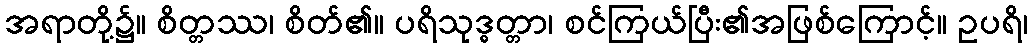
အရာတို့၌။ စိတ္တဿ၊ စိတ်၏။ ပရိသုဒ္ဓတ္တာ၊ စင်ကြယ်ပြီး၏အဖြစ်ကြောင့်။ ဥပရိ၊